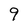
Character: 9